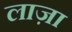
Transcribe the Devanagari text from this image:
लाज़ा